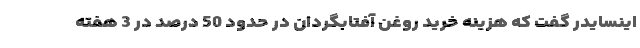
اینسایدر گفت که هزینه خرید روغن آفتابگردان در حدود 50 درصد در 3 هفته